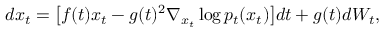
d x _ { t } = \big [ f ( t ) x _ { t } - g ( t ) ^ { 2 } \nabla _ { x _ { t } } \log p _ { t } ( x _ { t } ) \big ] d t + g ( t ) d W _ { t } ,